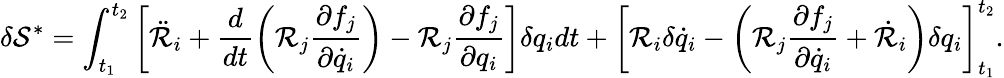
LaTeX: \delta\mathcal{S}^{*}=\int_{t_{1}}^{t_{2}}\left[\ddot{\mathcal{R}}_{i}+\frac{d}{dt}\left(\mathcal{R}_{j}\frac{\partial f_{j}}{\partial\dot{q}_{i}}\right)-\mathcal{R}_{j}\frac{\partial f_{j}}{\partial q_{i}}\right]\delta{q}_{i}dt+\left[\mathcal{R}_{i}\delta\dot{q}_{i}-\left(\mathcal{R}_{j}\frac{\partial f_{j}}{\partial\dot{q}_{i}}+\dot{\mathcal{R}}_{i}\right)\delta{q}_{i}\right]_{t_{1}}^{t_{2}}.